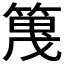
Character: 𫂔